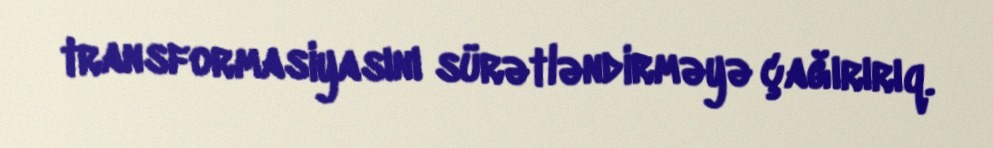
transformasiyasını sürətləndirməyə çağırırıq.